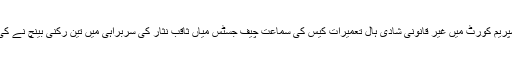
سپریم کورٹ میں غیر قانونی شادی ہال تعمیرات کیس کی سماعت چیف جسٹس میاں ثاقب نثار کی سربراہی میں تین رکنی بینچ نے کی۔